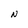
Character: N